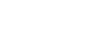
တပါတည်း